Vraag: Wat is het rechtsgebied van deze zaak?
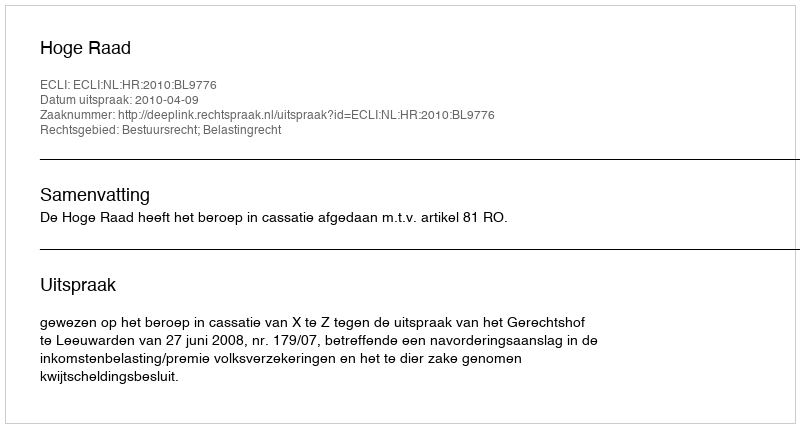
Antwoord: Bestuursrecht; Belastingrecht